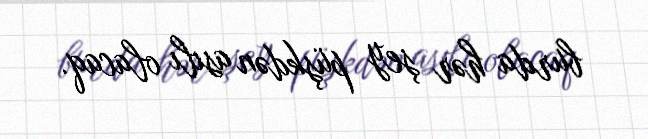
burda hər şey püşkdən asılı olacaq.